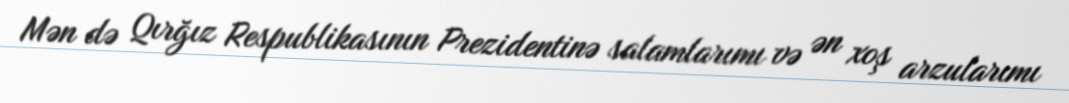
Mən də Qırğız Respublikasının Prezidentinə salamlarımı və ən xoş arzularımı